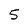
Character: 5